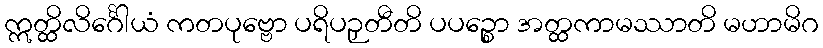
ဣတ္ထိလိင်္ဂေါယံ ကတပုဗ္ဗော ပရိပဉှတီတိ ပပဉ္စော အတ္ထကာမဿာတိ မဟာမိဂ